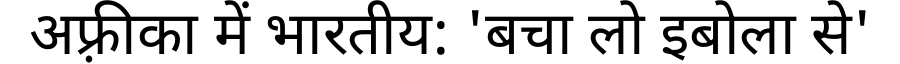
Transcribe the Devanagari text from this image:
अफ़्रीका में भारतीय: 'बचा लो इबोला से'